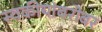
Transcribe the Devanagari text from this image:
स्वकीयांबरोबर